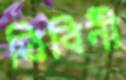
ত্রিবিনী